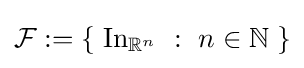
{\mathcal {F}}:=\left\{\;\operatorname {In} _{\mathbb {R} ^{n}}~:~n\in \mathbb {N} \;\right\}